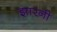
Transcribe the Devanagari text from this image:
झारनी